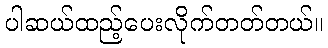
ပါဆယ်ထည့်ပေးလိုက်တတ်တယ်။